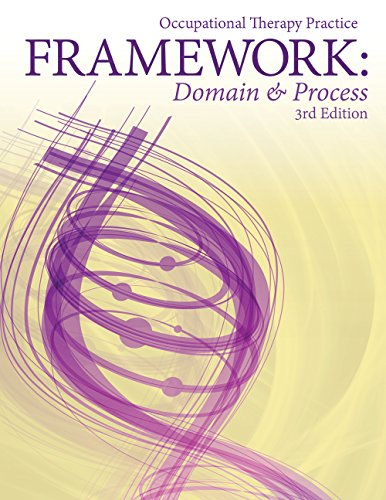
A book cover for Occupational Therapy Practice Framework: Domain and Process; American Occupational Therapy Association; Medical Books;